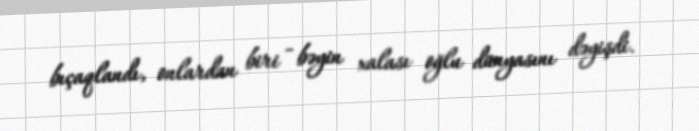
bıçaqlandı, onlardan biri - bəyin xalası oğlu dünyasını dəyişdi.